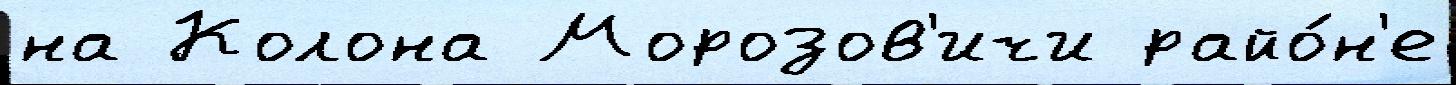
на Колона Морозов'ичи райо́н'е